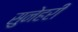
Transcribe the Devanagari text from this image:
सुनेहरी